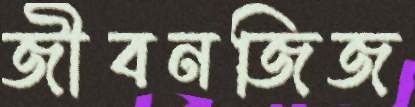
জীবনজিজ